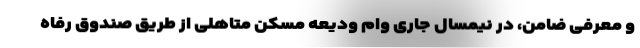
و معرفی ضامن، در نیمسال جاری وام ودیعه مسکن متاهلی از طریق صندوق رفاه